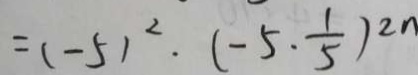
= ( - 5 ) ^ { 2 } \cdot ( - 5 \cdot \frac { 1 } { 5 } ) ^ { 2 n }